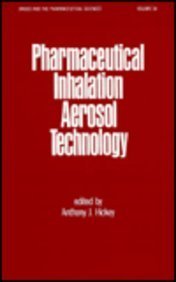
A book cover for Pharmaceutical Inhalation Aerosol Technology (Drugs and the Pharmaceutical Sciences); Anthony J. Hickey; Medical Books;